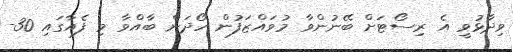
ވިދާޅުވީ އެ ރިސޯޓަށް ބޭނުންވާ މުވައްޒަފުން ހޯދަން ބާއްވާ މި ފެއާގައި 30-